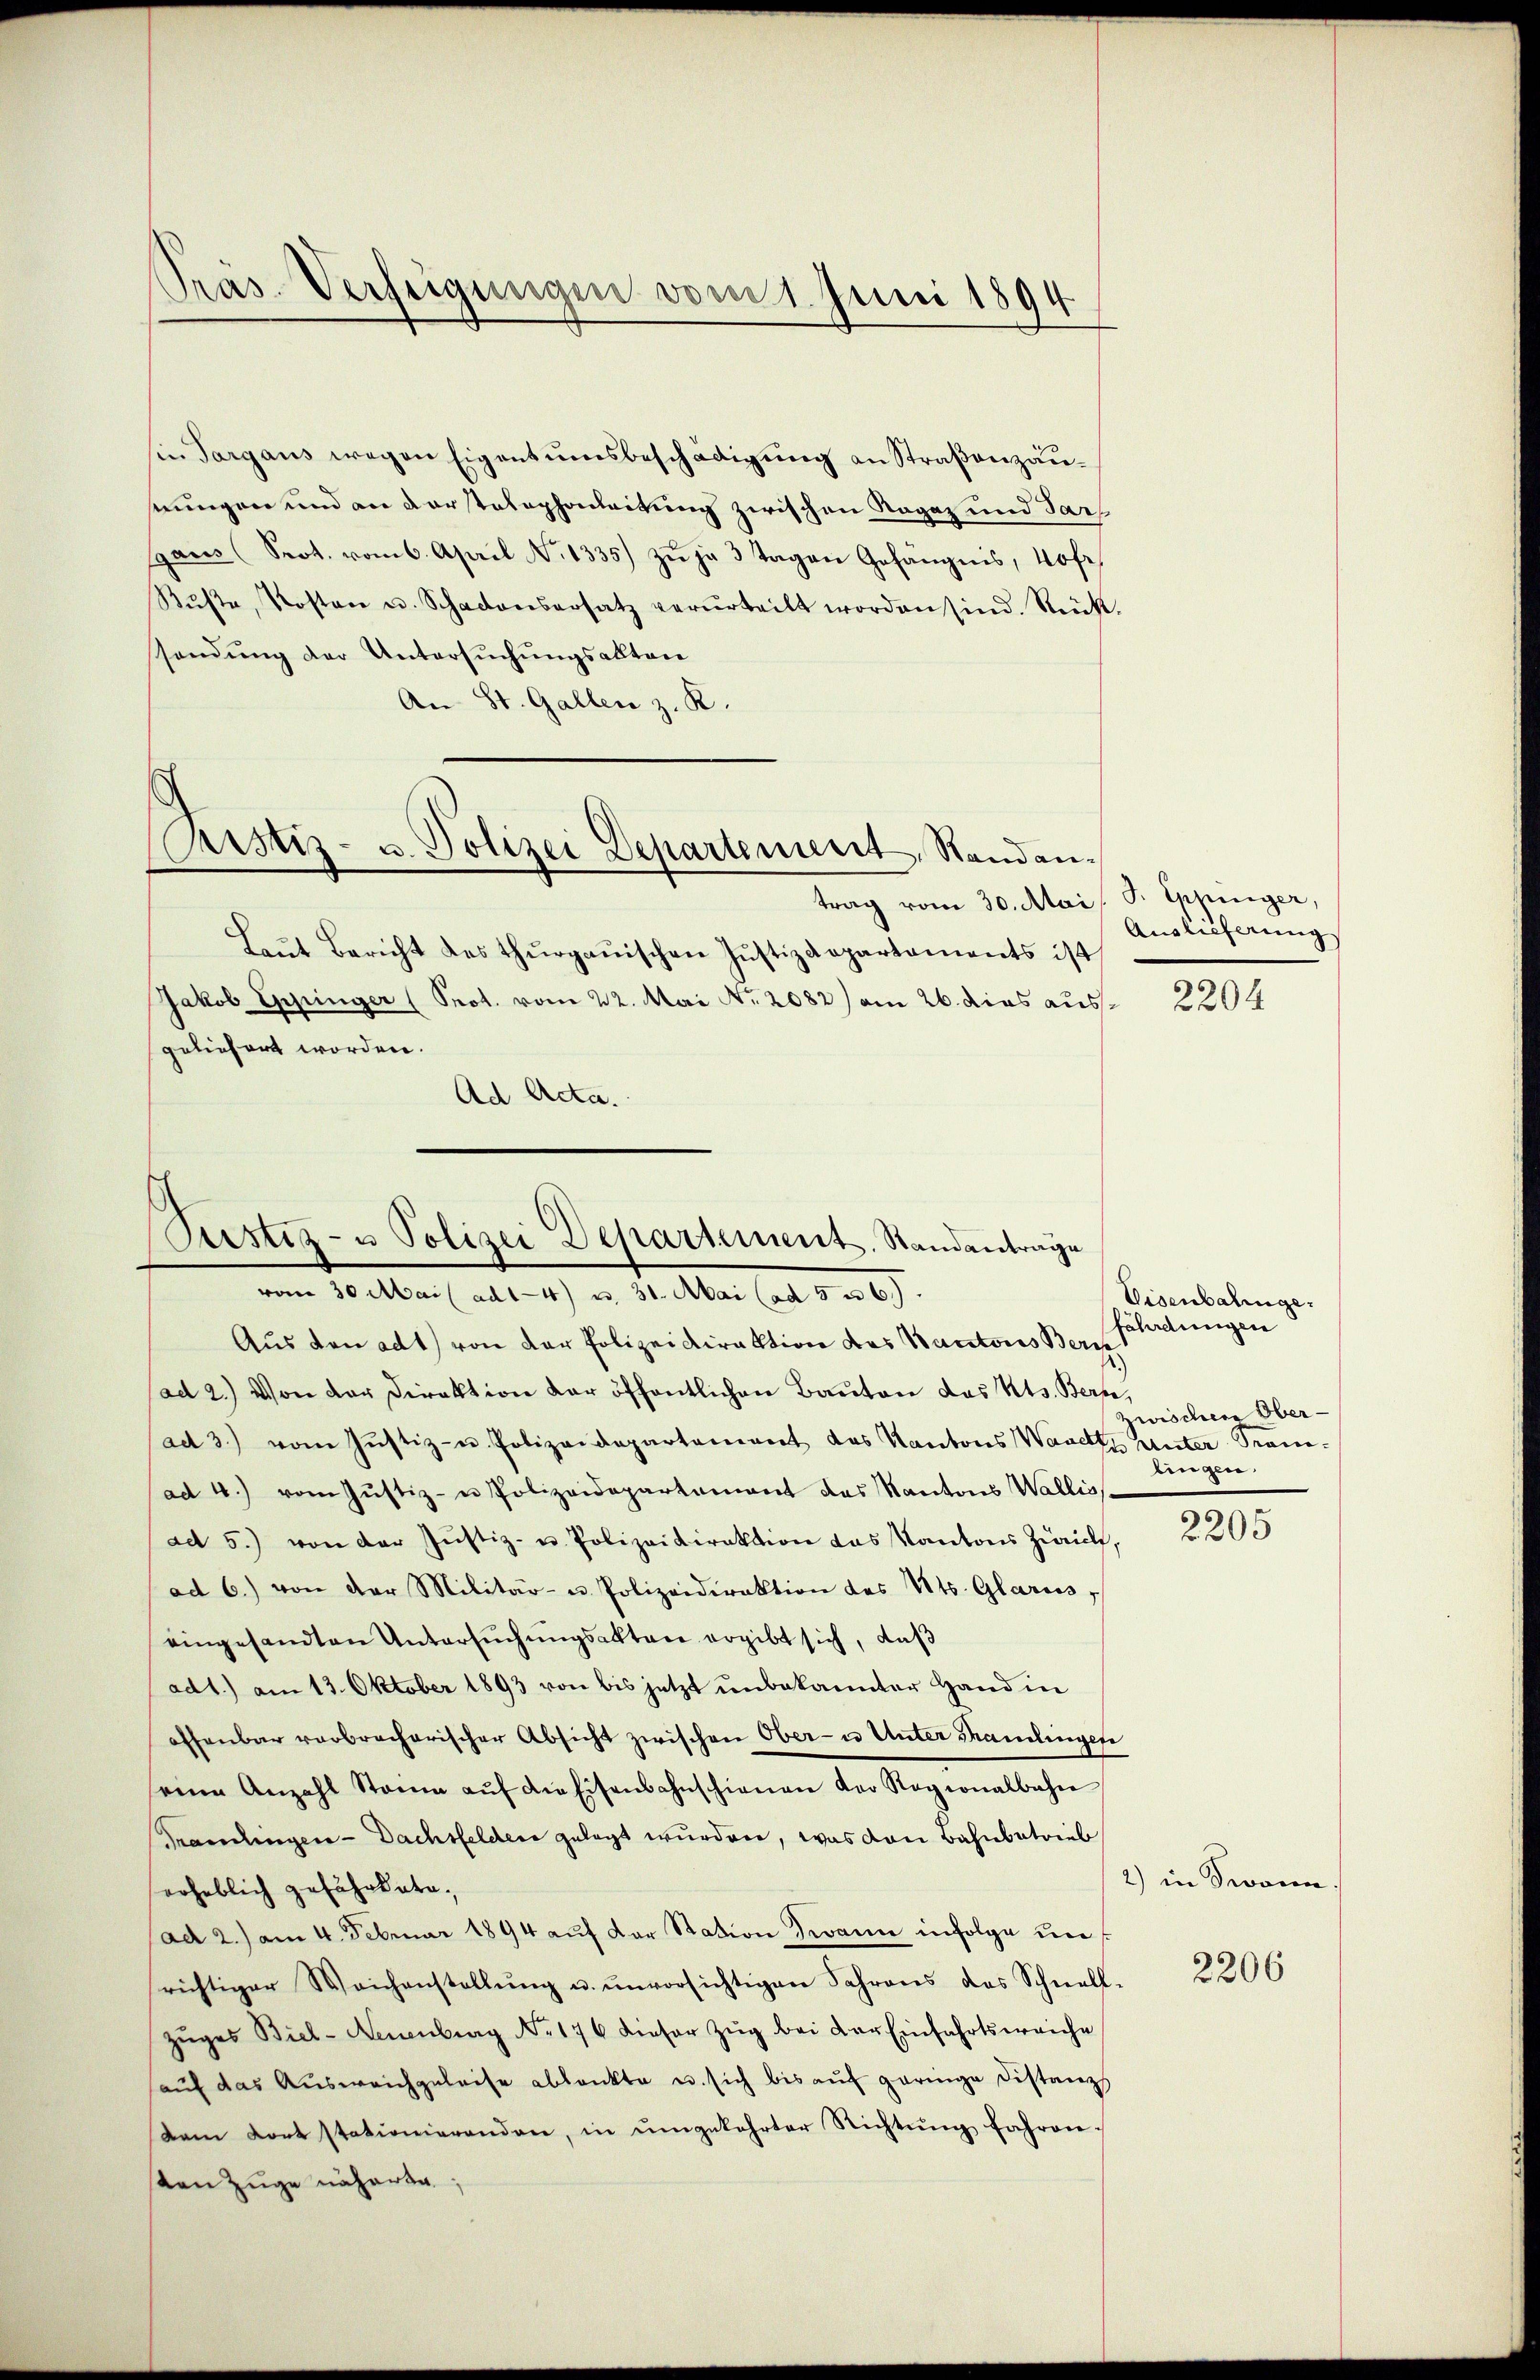
Prás-Verfeigungen vom 1. Juni 1894

sie Sargaus wegen Eigentumsbeschädigŭng an Straβenzäusnungen und an darstelephonleitung zwischen Ragaz und Par
span (Prot. vom 6. Aprill No 1335) zŭ je 3 Tagen Gefängnis, Hofe
Rŭβte, Kosten u. Schadensersatz verurteilt worden sind. Rück-
sendung der Untersuchungsalten
An St. Gallen z. R.

Rustiz- u. Polizei Departement, Standan¬

trag vom 30. Mai P. Eppinger,
Laŭt Bericht des Thŭrgaŭischen Justizdepartaments ist
Jakob Eppinger (Prot. vom 22. Mai Nr. 2082) am 26. dies ausgeliefert worden.
Ad Acta.
10 Mai l. ad 1. 4) u. 31. Mai ad 1. 209.
Aus den ad 1) von der Polizeidirektion des Kantons Beri
(ad 2.) Von der Direktion der öffentlichen Bauten das Kts. Berne,
ad 3.) vom Justiz- u. Polizeidepartement das Kantons Waadt Unter Grau-
ad 4.) vom Jŭstiz- u Polizeidepartement das Kantons Wallis
ad 5.) von der Justiz- u. Polizeidirektion das Kantons Zürich,
ad 6.) von der Militär- u. Polizeidirektion des Kts. Glarus,
eingesandten Untersuchungsakten ergibt sich, daß
ad1.) am 13. Oktober 1893 von bis jetzt unbekannter Hand in
offenbar verbrecherischer Absicht zwischen Ober- u Unter Thramlingen
seine Anzahl Stamm aŭf die Eisenbahnschienen der Ragionalbahn
Grandingen - Dachsfelder gelegt wurden, was von Bahnbetrieb
erheblich gefährdete.
(ad 2.) am 4. Februar 1894 auf der Station Zwann infolge unrichtiger Weichenstellŭng u. ŭnvorsichtigen Jahrens das Schnell-
zŭges Biel- Neuenburg No 176 dieser Zŭg bei der Einfahrtsweiche
auf das Ausweichgeleise ablankte u. sich bis auf geringe Distanz
dam Kort stationierenden, in ŭmgekehrter Richtŭng fahren.
sten zuge näherte

Pustiz- u Polizei Departement. Standantrage

Auslicherung

2204

Visenbahnge
fährdungen
zwischen Ober-
bingen.

2205

2) in Swann

2206